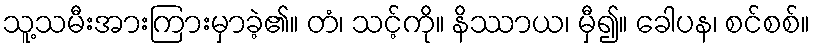
သူ့သမီးအားကြားမှာခဲ့၏။ တံ၊ သင့်ကို။ နိဿာယ၊ မှီ၍။ ခေါပန၊ စင်စစ်။